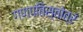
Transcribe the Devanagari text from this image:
गणपतिस्तोत्रं